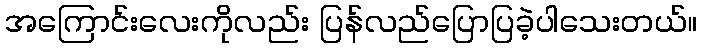
အကြောင်းလေးကိုလည်း ပြန်လည်ပြောပြခဲ့ပါသေးတယ်။